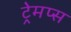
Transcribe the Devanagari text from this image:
ट्रेमप्स